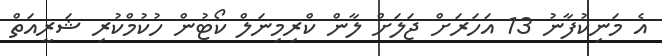
އެ މަނިކުފާނު 13 އަހަރަށް ޖަލަށް ލާން ކްރިމިނަލް ކޯޓުން ހުކުމްކުރި ޝަރީއަތް